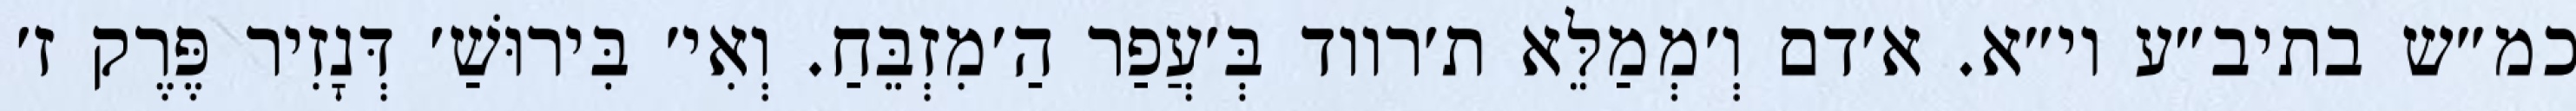
כמ״ש בתיב״ע וי״א. א׳דם וְ׳מְמַלֵּא ת׳רווד בְּ׳עֲפַר הַ׳מִזְבֵּחַ. וְאִי׳ בִּירוּשַׁ׳ דְּנָזִיר פֶּרֶק ז׳